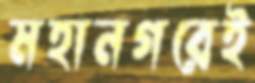
মহানগরেই